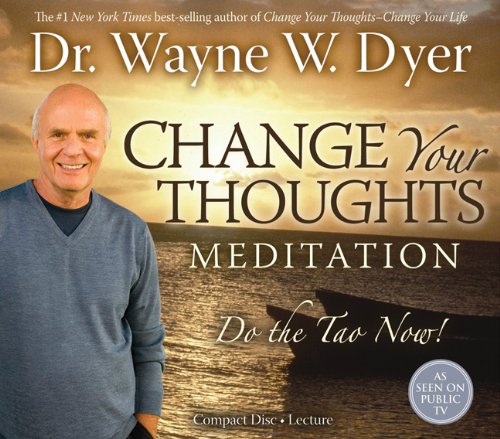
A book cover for Change Your Thoughts Meditation CD: Do the Tao Now!; Wayne W. Dyer; Religion & Spirituality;